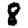
Digit: 8